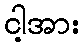
ငါ့အား